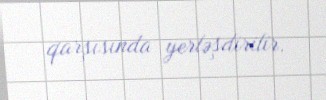
qarşısında yerləşdirilir.